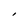
Character: I